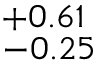
^ { + 0 . 6 1 } _ { - 0 . 2 5 }